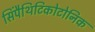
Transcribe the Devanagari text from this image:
सिंपैथिटिकोटोनिक